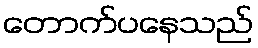
တောက်ပနေသည်